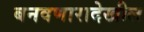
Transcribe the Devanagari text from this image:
बनवणारादेखील